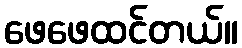
ဖေဖေထင်တယ်။